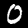
Digit: 0